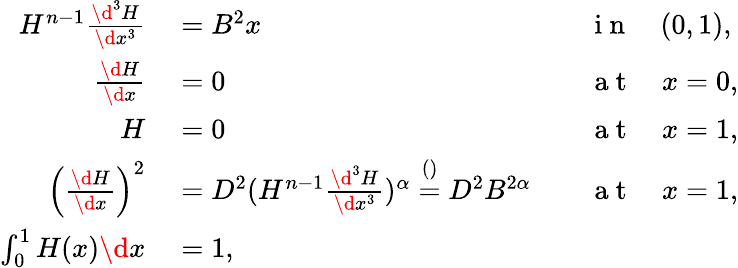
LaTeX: \begin{array}{rlrl}{H^{n-1}\frac{\d^{3}H}{\d x^{3}}}&{{}=B^{2}x}&{}&{{}\mathrm{~i~n~}\quad(0,1),}\\ {\frac{\d H}{\d x}}&{{}=0}&{}&{{}\mathrm{~a~t~}\quad x=0,}\\ {H}&{{}=0}&{}&{{}\mathrm{~a~t~}\quad x=1,}\\ {\left(\frac{\d H}{\d x}\right)^{2}}&{{}=D^{2}(H^{n-1}\frac{\d^{3}H}{\d x^{3}})^{\alpha}\stackrel{()}=D^{2}B^{2\alpha}}&{}&{{}\mathrm{~a~t~}\quad x=1,}\\ {\int_{0}^{1}H(x)\d x}&{{}=1,}&{}&{{}}\end{array}